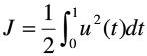
\[
J = \frac{1}{2} \int_{0}^{1} u^{2}(t)dt
\]